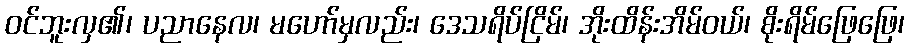
ဝင်ဘူးလှ၏၊ ပညာနေလ၊ မဟော်မှလည်း၊ ဒေသရိပ်ငြိမ်၊ အိုးထိန်းအိမ်ဝယ်၊ စိုးရိမ်ဖြေဖြေ၊